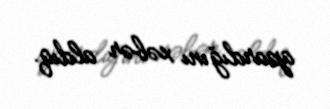
apardığını xəbər aldıq.